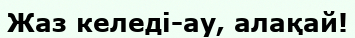
Жаз келедi-ау, алақай!